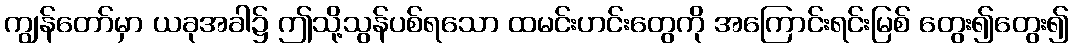
ကျွန်တော်မှာ ယခုအခါ၌ ဤသို့သွန်ပစ်ရသော ထမင်းဟင်းတွေကို အကြောင်းရင်းမြစ် တွေး၍တွေး၍